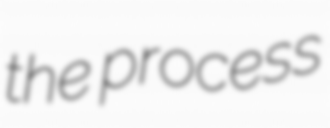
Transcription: the process